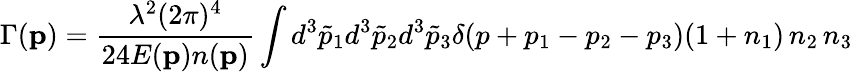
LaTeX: \Gamma({\mathbf p})=\frac{\lambda^{2}(2\pi)^{4}}{24E({\mathbf p})n({\mathbf p})}\int d^{3}{\tilde{p}}_{1}d^{3}{\tilde{p}}_{2}d^{3}{\tilde{p}}_{3}\delta(p+p_{1}-p_{2}-p_{3})(1+n_{1})\, n_{2}\, n_{3}